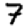
Digit: 7